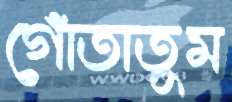
গোঁতাতুম